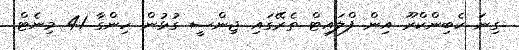
ގިނަ ކެބިންކްރޫ އިން ފްލައިޓް ތެރޭގައި ޖިންސީ ގުޅުން ހިންގާ 41 މިނެޓް